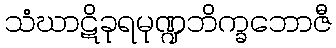
သံဃာဋိခုရမုဏ္ဍဘိက္ခဘောဇီ